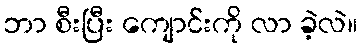
ဘာ စီးပြီး ကျောင်းကို လာ ခဲ့လဲ။